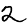
Digit: 2